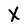
Character: X